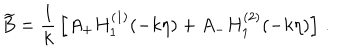
LaTeX: \widetilde { B } = { \frac { 1 } { k } } \left[ A _ { + } H _ { 1 } ^ { ( 1 ) } ( - k \eta ) + A _ { - } H _ { 1 } ^ { ( 2 ) } ( - k \eta ) \right] \, .